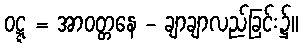
ဝဋ္ဋ = အာဝတ္တနေ - ချာချာလည်ခြင်း၌။